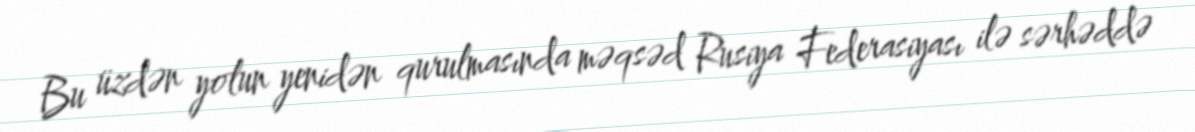
Bu üzdən yolun yenidən qurulmasında məqsəd Rusiya Federasiyası ilə sərhəddə